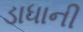
ડાધાની